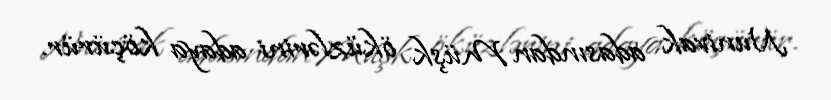
Nunivak adasından Müşk öküzlərini adaya köçürür.